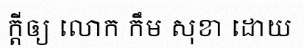
ក្តីឲ្យ លោក កឹម សុខា ដោយ